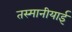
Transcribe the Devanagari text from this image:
तस्मानीयाई